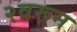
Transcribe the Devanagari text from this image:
२वरून